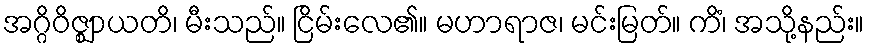
အဂ္ဂိဝိဇ္ဈာယတိ၊ မီးသည်။ ငြိမ်းလေ၏။ မဟာရာဇ၊ မင်းမြတ်။ ကိံ၊ အသို့နည်း။